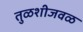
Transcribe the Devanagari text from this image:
तुळशीजवळ